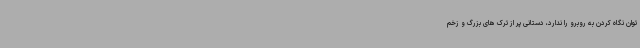
توان نگاه کردن به روبرو را ندارد، دستانی پر از ترک های بزرگ و زخم